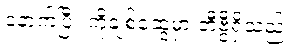
နောက်ပြီး ကိုချစ်ဆွေမှာ တီဗွီရှိသည်။